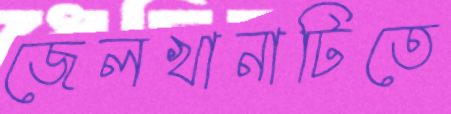
জেলখানাটিতে